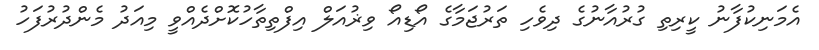
އެމަނިކުފާނު ކީރިތި ގުރުއާނުގެ ދިވެހި ތަރުޖަމާގެ އޯޑިއޯ ވިޜުއަލް އިފްތިތާހުކޮށްދެއްވީ މިއަދު މެންދުރުފަހު